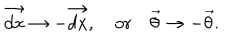
LaTeX: \vec { d x } \rightarrow - \vec { d x } , \quad \mathrm { o r } \quad \vec { \theta } \rightarrow - \vec { \theta } .